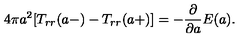
4 \pi a ^ { 2 } [ T _ { r r } ( a - ) - T _ { r r } ( a + ) ] = - { \frac { \partial } { \partial a } } E ( a ) .